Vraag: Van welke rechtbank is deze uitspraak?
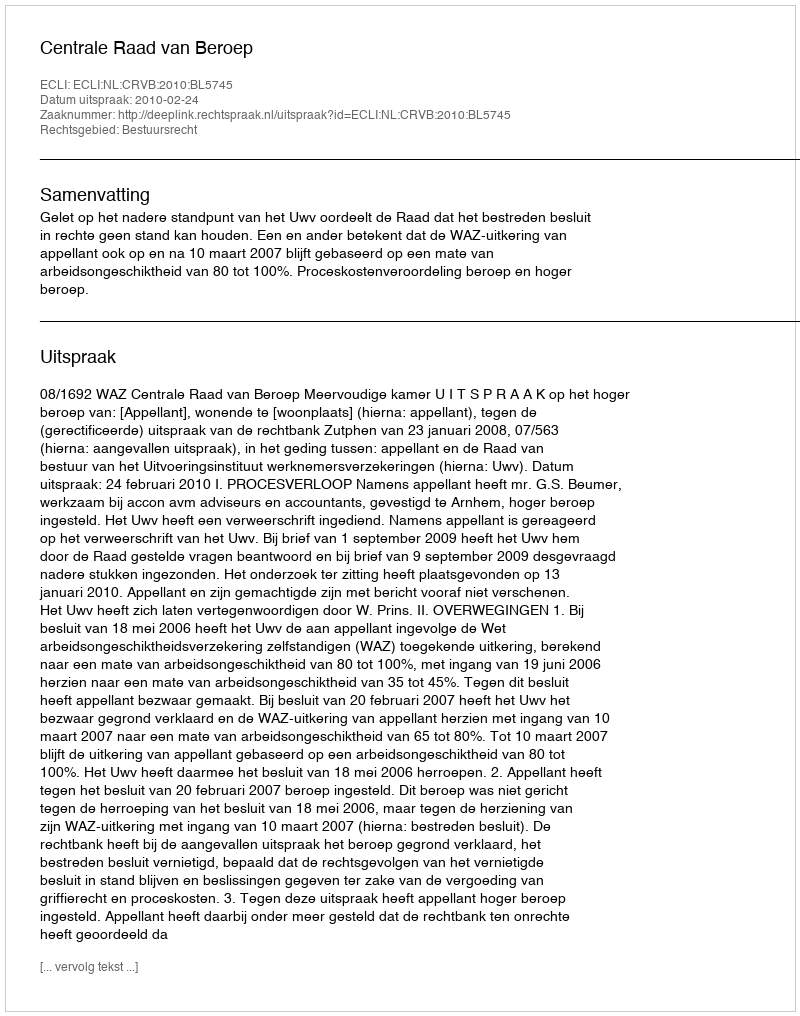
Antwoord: Centrale Raad van Beroep